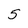
Character: 5